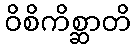
ဝိစိကိစ္ဆာတိ